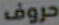
حروف